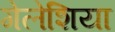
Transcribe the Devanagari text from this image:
गेलेशिया